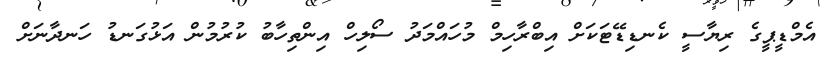
އެމްޑީޕީގެ ރިޔާސީ ކެނޑިޑޭޓަކަށް އިބްރާހިމް މުހައްމަދު ސޯލިހް އިންތިހާބު ކުރުމުން އަޅުގަނޑު ހަނދާނަށް